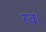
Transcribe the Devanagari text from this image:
स्‍व।